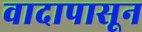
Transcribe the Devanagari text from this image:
वादापासून